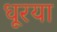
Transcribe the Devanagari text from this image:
धूरया